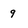
Character: 9